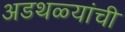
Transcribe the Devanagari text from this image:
अडथळ्यांची